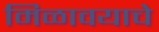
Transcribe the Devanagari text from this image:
मिळावयाचे